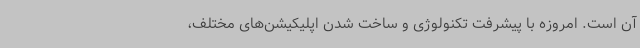
آن است. امروزه با پیشرفت تکنولوژی و ساخت شدن اپلیکیشن‌های مختلف،